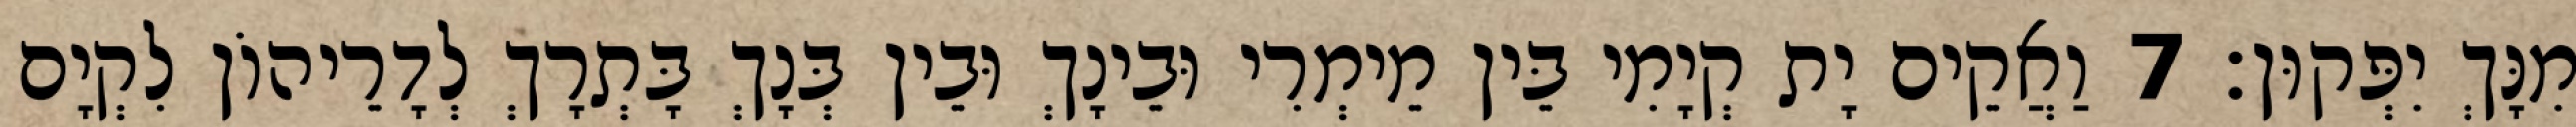
מִנָּךְ יִפְּקוּן׃ 7 וַאֲקֵים יָת קְיָמִי בֵּין מֵימְרִי וּבֵינָךְ וּבֵין בְּנָךְ בָּתְרָךְ לְדָרֵיהוֹן לִקְיָם